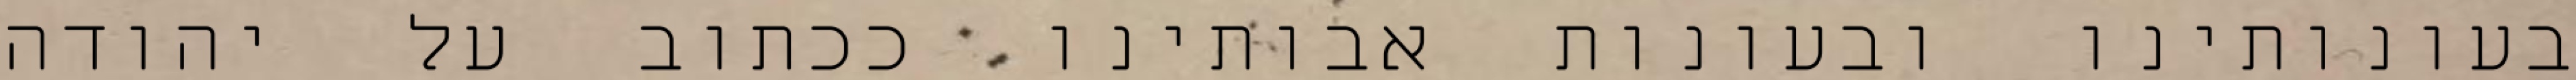
בעונותינו ובעונות אבותינו ככתוב על יהודה